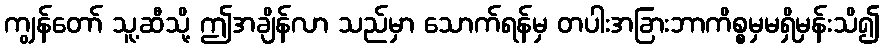
ကျွန်တော် သူ့ဆီသို့ ဤအချိန်လာ သည်မှာ သောက်ရန်မှ တပါးအခြားဘာကိစ္စမှမရှိမှန်းသိ၍